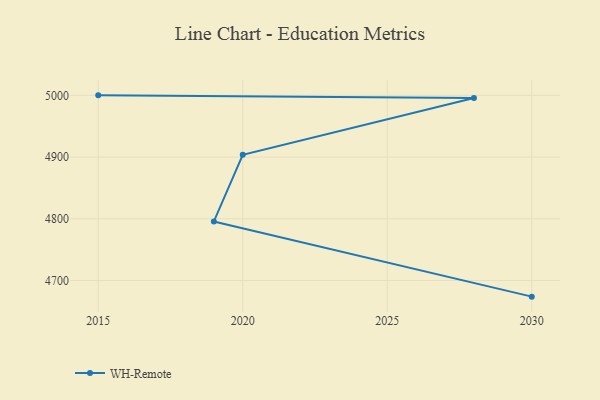
{"axis": {"x": "Year", "y": "Backlog"}, "legend": ["WH-Remote"], "data": [{"x": "2030", "y": 4673.9, "type": "WH-Remote"}, {"x": "2019", "y": 4795.7, "type": "WH-Remote"}, {"x": "2020", "y": 4903.6, "type": "WH-Remote"}, {"x": "2028", "y": 4995.8, "type": "WH-Remote"}, {"x": "2015", "y": 5000, "type": "WH-Remote"}]}